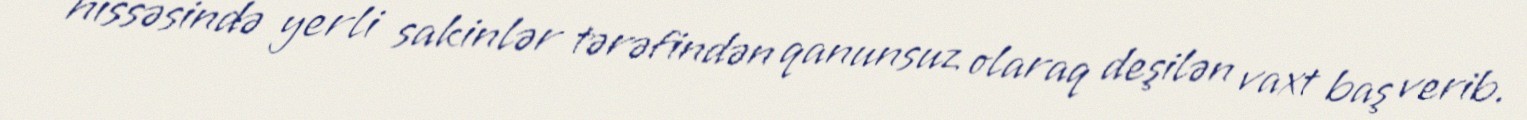
hissəsində yerli sakinlər tərəfindən qanunsuz olaraq deşilən vaxt baş verib.